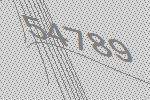
54789